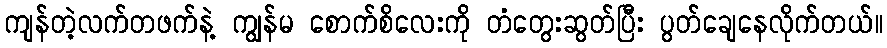
ကျန်တဲ့လက်တဖက်နဲ့ ကျွန်မ စောက်စိလေးကို တံတွေးဆွတ်ပြီး ပွတ်ချေနေလိုက်တယ်။